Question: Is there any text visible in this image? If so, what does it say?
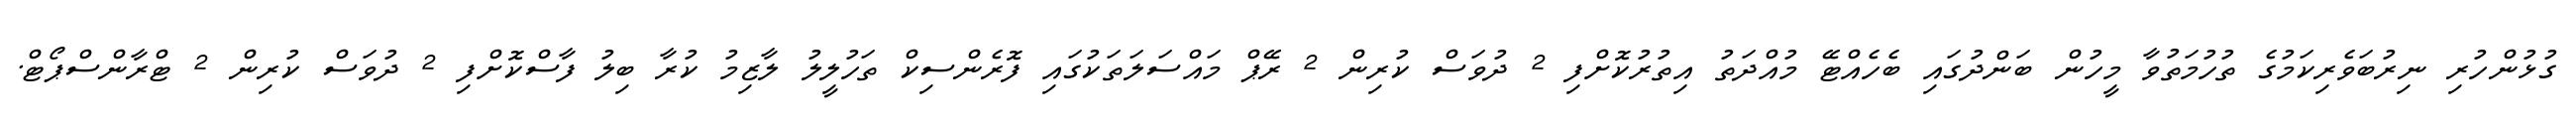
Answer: ގުޅުންހުރި ނިރުބަވެރިކަމުގެ ތުހުމަތުވާ މީހުން ބަންދުގައި ބެހެއްޓޭ މުއްދަތު އިތުރުކޮށްފި 2 ދުވަސް ކުރިން 2 ރޭޕް މައްސަލަތަކުގައި ފޮރެންސިކް ތަހުލީލު ލާޒިމު ކުރާ ބިލު ފާސްކޮށްފި 2 ދުވަސް ކުރިން 2 ޓްރާންސްޕޯޓް.